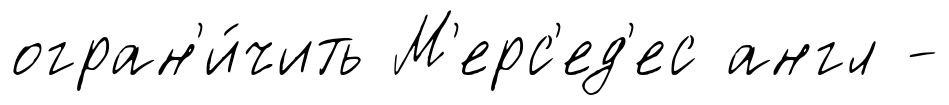
огран'и́чить М'ерс'ед'ес англ -